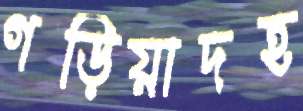
গড়িয়াদহ